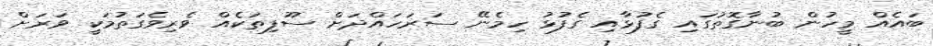
ބައެއް މީހުން ބުނާގޮތުގައި ގެފުޅާއި ގެފުޅު ހިމެނޭ ސަރަހައްދަށް ސޫފިތަކެއް ވެރިވެގަތުމަކީ ވަރަށް